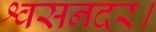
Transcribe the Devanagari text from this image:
श्वसनदर।